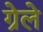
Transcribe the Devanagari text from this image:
ग्रेले